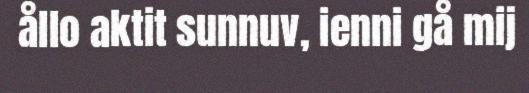
ållo aktit sunnuv, ienni gå mij